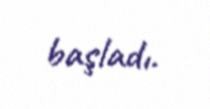
başladı.